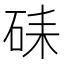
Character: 𥑶